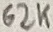
Text: 62K